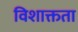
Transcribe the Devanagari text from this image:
विशाक्तता